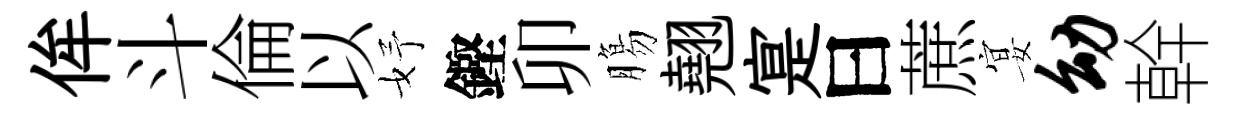
侔斗倫以妤鏗卯膓翹寔曰蔗宴幼幹